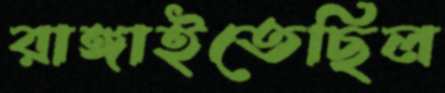
রাঙ্গাইতেছিল